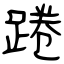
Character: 踡